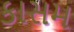
કાસમ